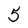
Character: 5